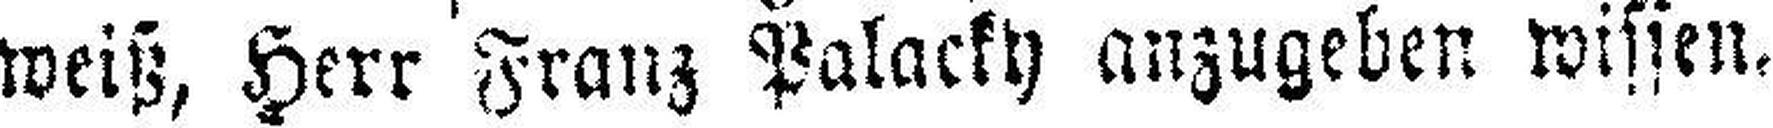
weiß, Herr Franz Palacky anzugeben wissen.